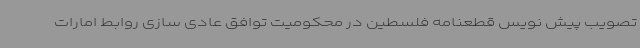
تصویب پیش نویس قطعنامه فلسطین در محکومیت توافق عادی سازی روابط امارات